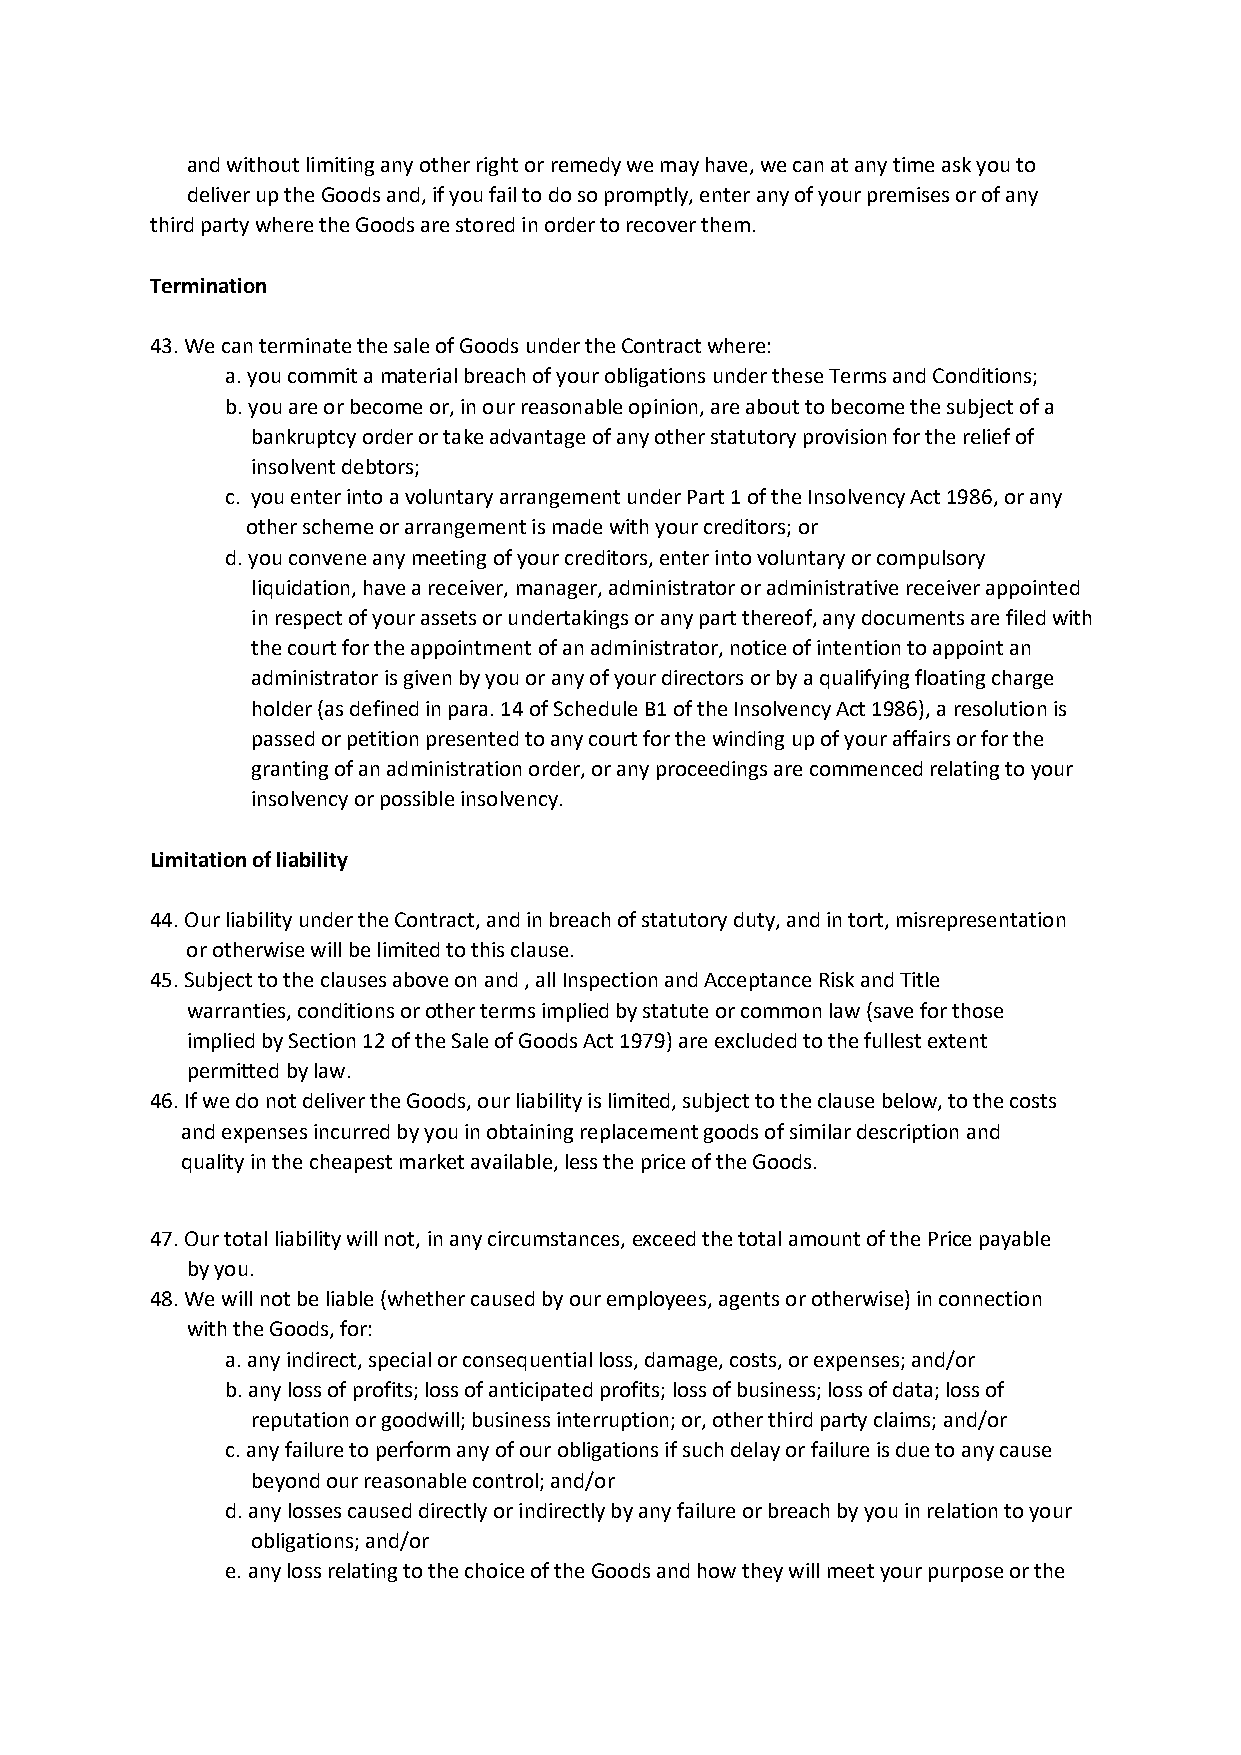
and without limiting any other right or remedy we may have, we can at any time ask you to
 deliver up the Goods and, if you fail to do so promptly, enter any of your premises or of any
 third party where the Goods are stored in order to recover them.
 Termination
 43. We can terminate the sale of Goods under the Contract where:
 a. you commit a material breach of your obligations under these Terms and Conditions;
 b. you are or become or, in our reasonable opinion, are about to become the subject of a
 bankruptcy order or take advantage of any other statutory provision for the relief of
 insolvent debtors;
 c. you enter into a voluntary arrangement under Part 1 of the Insolvency Act 1986, or any
 other scheme or arrangement is made with your creditors; or
 d. you convene any meeting of your creditors, enter into voluntary or compulsory
 liquidation, have a receiver, manager, administrator or administrative receiver appointed
 in respect of your assets or undertakings or any part thereof, any documents are filed with
 the court for the appointment of an administrator, notice of intention to appoint an
 administrator is given by you or any of your directors or by a qualifying floating charge
 holder (as defined in para. 14 of Schedule B1 of the Insolvency Act 1986), a resolution is
 passed or petition presented to any court for the winding up of your affairs or for the
 granting of an administration order, or any proceedings are commenced relating to your
 insolvency or possible insolvency.
 Limitation of liability
 44. Our liability under the Contract, and in breach of statutory duty, and in tort, misrepresentation
 or otherwise will be limited to this clause.
 45. Subject to the clauses above on and , all Inspection and Acceptance Risk and Title
 warranties, conditions or other terms implied by statute or common law (save for those
 implied by Section 12 of the Sale of Goods Act 1979) are excluded to the fullest extent
 permitted by law.
 46. If we do not deliver the Goods, our liability is limited, subject to the clause below, to the costs
 and expenses incurred by you in obtaining replacement goods of similar description and
 quality in the cheapest market available, less the price of the Goods.
 47. Our total liability will not, in any circumstances, exceed the total amount of the Price payable
 by you.
 48. We will not be liable (whether caused by our employees, agents or otherwise) in connection
 with the Goods, for:
 a. any indirect, special or consequential loss, damage, costs, or expenses; and/or
 b. any loss of profits; loss of anticipated profits; loss of business; loss of data; loss of
 reputation or goodwill; business interruption; or, other third party claims; and/or
 c. any failure to perform any of our obligations if such delay or failure is due to any cause
 beyond our reasonable control; and/or
 d. any losses caused directly or indirectly by any failure or breach by you in relation to your
 obligations; and/or
 e. any loss relating to the choice of the Goods and how they will meet your purpose or the